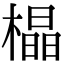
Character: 橸